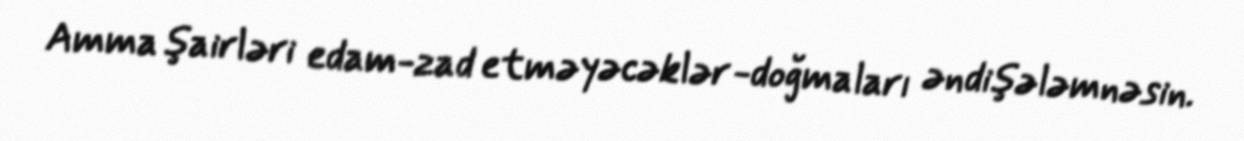
Amma şairləri edam-zad etməyəcəklər -doğmaları əndişələmnəsin.